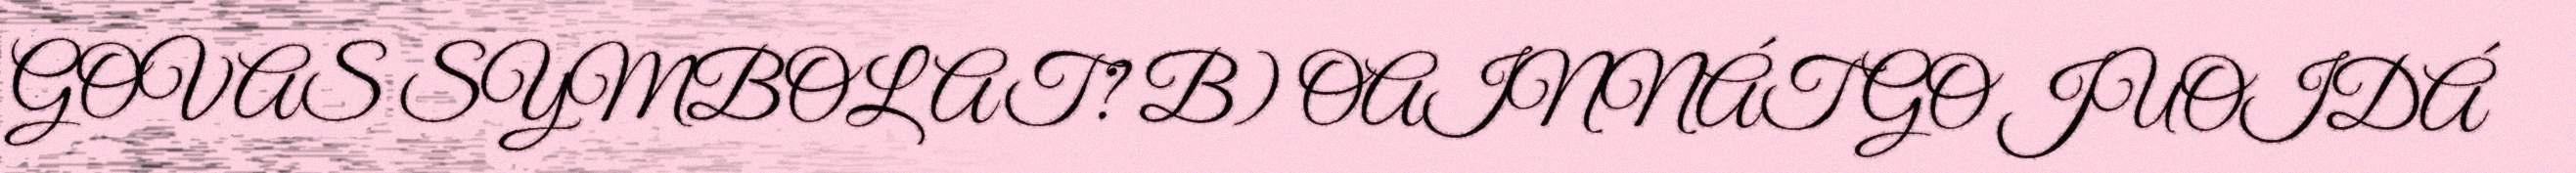
GOVAS SYMBOLAT? B) OAINNÁT GO JUOIDÁ